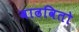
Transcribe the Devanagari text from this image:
वाढवितो